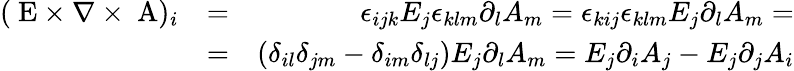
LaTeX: \begin{array}{rlr}{(\mathrm{\mathbf~E}\times\nabla\times\mathrm{\mathbf~A})_{i}}&{=}&{\epsilon_{ijk}E_{j}\epsilon_{klm}\partial_{l}A_{m}=\epsilon_{kij}\epsilon_{klm}E_{j}\partial_{l}A_{m}=}\\ &{=}&{(\delta_{il}\delta_{jm}-\delta_{im}\delta_{lj})E_{j}\partial_{l}A_{m}=E_{j}\partial_{i}A_{j}-E_{j}\partial_{j}A_{i}}\end{array}